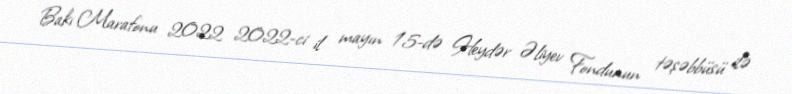
Bakı Marafonu 2022 2022-ci il mayın 15-də Heydər Əliyev Fondunun təşəbbüsü ilə